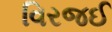
વિરજઈ